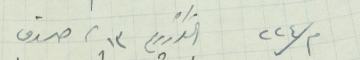
م/٢٢٤  القرارا رقم ١٣ صدق